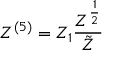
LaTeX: Z ^ { ( 5 ) } = Z _ { 1 } \frac { Z ^ { \frac { 1 } { 2 } } } { \tilde { Z } }